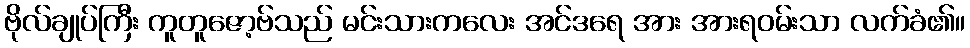
ဗိုလ်ချုပ်ကြီး ကူတူဇော့ဗ်သည် မင်းသားကလေး အင်ဒရေ အား အားရဝမ်းသာ လက်ခံ၏။